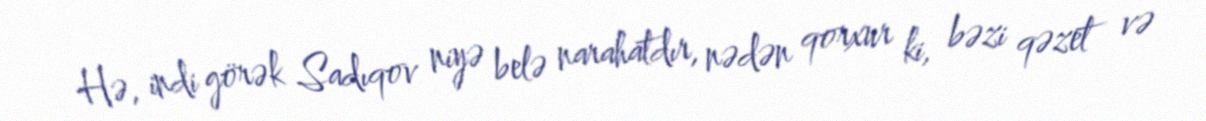
Hə, indi görək Sadıqov niyə belə narahatdır, nədən qorxur ki, bəzi qəzet və